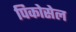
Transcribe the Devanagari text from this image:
पिकोसेल